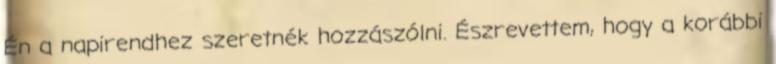
Én a napirendhez szeretnék hozzászólni. Észrevettem, hogy a korábbi